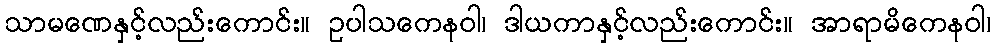
သာမဏေနှင့်လည်းကောင်း။ ဥပါသကေနဝါ၊ ဒါယကာနှင့်လည်းကောင်း။ အာရာမိကေနဝါ၊